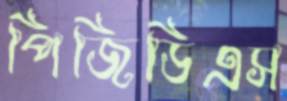
পিজিডিএস